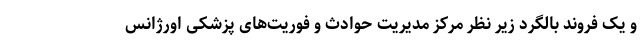
و یک فروند بالگرد زیر نظر مرکز مدیریت حوادث و فوریت‌های پزشکی اورژانس